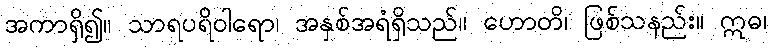
အကာရှိ၍။ သာရပရိဝါရော၊ အနှစ်အရံရှိသည်။ ဟောတိ၊ ဖြစ်သနည်း။ ဣဓ၊